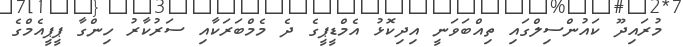
މުރައިދޫ ކައުންސިލްގައި ތިއްބަވަނީ އިދިކޮޅު އެމްޑީޕީގެ ދެ މެމްބަރަކާއި ސަރުކާރު ހިންގާ ޕީޕީއެމްގެ